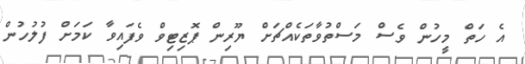
އެ ހަތް މީހުން ވެސް މަސްތުވާތަކެއްޗަށް ޔޫރިން ޕޮޒިޓިވް ވެފައިވާ ކަމަށް ފުލުހުން